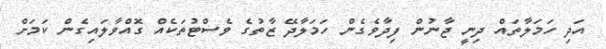
އަދި ހަމަލާތައް ދިނީ ޖާނުން ފިދާވެގެން ހަމަލާދޭ ޒާތުގެ ވެސްޓުތަކެއް ގޮއްވާލައިގެން ކަމަށް